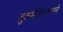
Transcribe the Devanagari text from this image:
तुर्कमेनिस्तानने